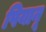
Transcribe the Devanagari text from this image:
पियानू